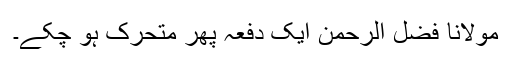
مولانا فضل الرحمٰن ایک دفعہ پھر متحرک ہو چکے۔